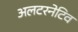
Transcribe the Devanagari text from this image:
अलटरनेटिव